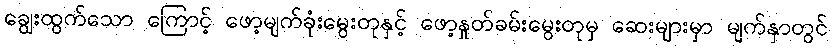
ချွေးထွက်သော ကြောင့် ဖော့မျက်ခုံးမွေးတုနှင့် ဖော့နှုတ်ခမ်းမွေးတုမှ ဆေးများမှာ မျက်နှာတွင်